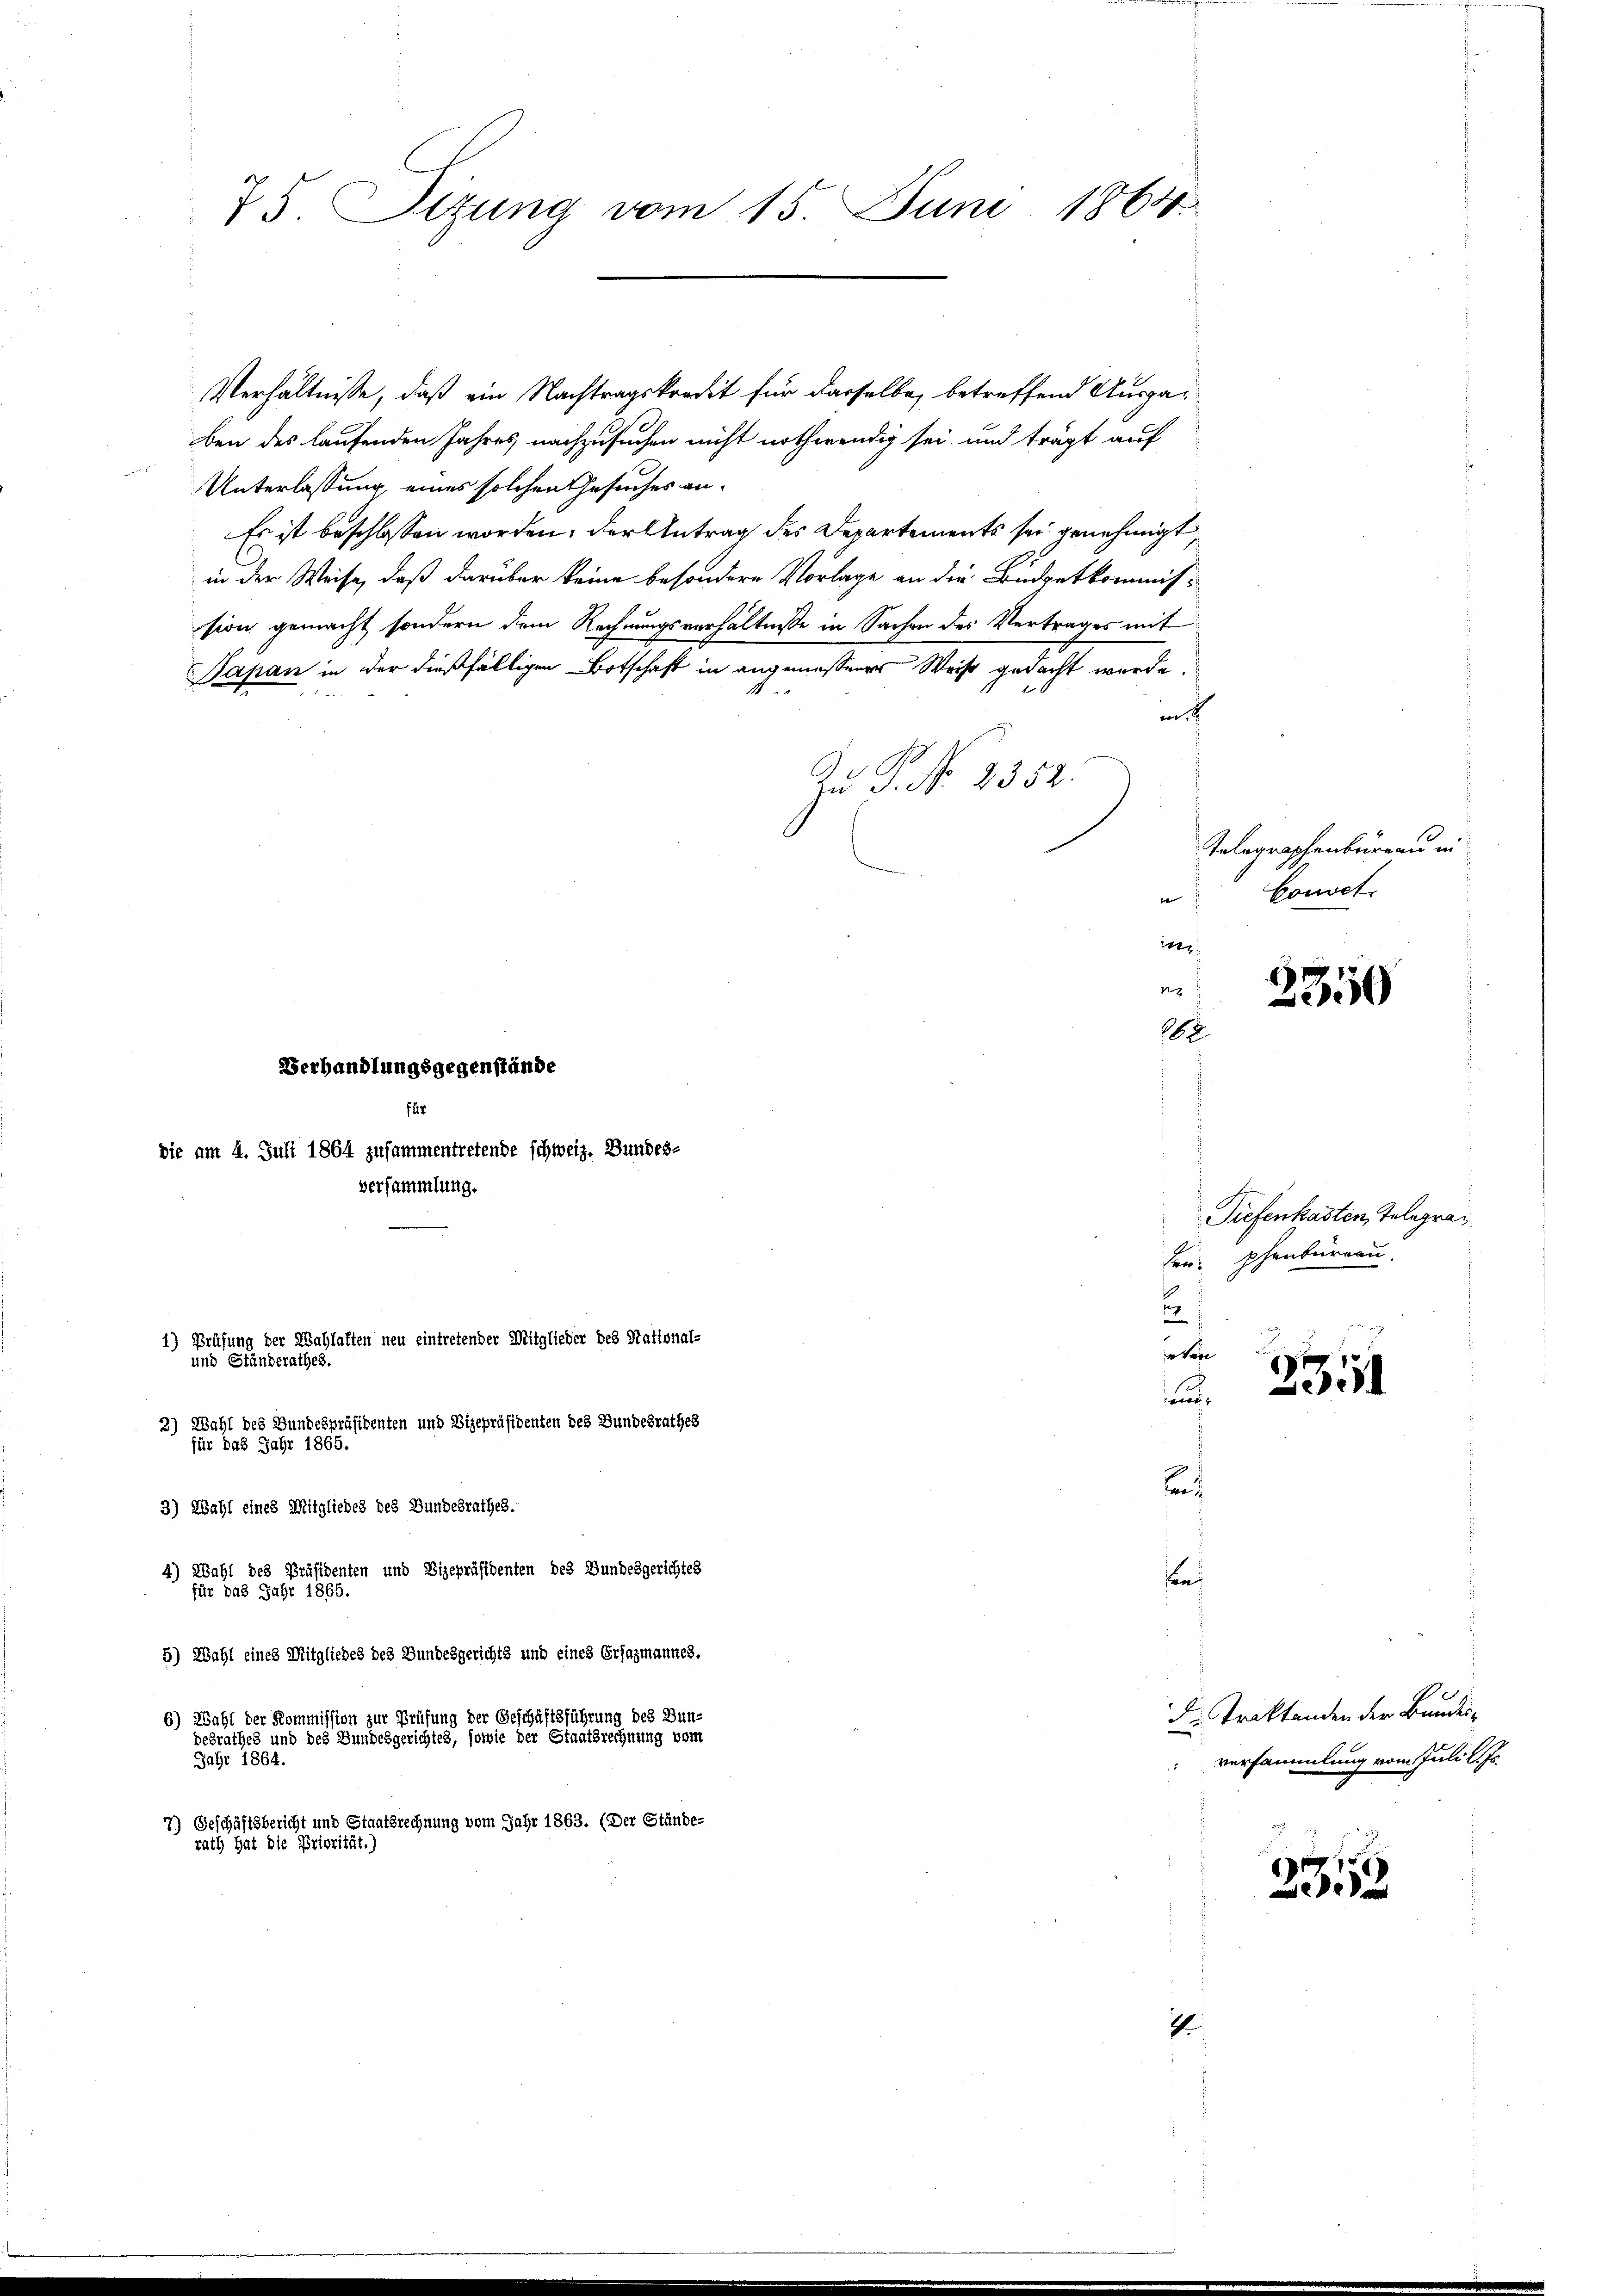
für
die am 4. Juli 1864 zusammentretende schweiz. Bundes-
versammlung.

75. Sitzung vom 15. Juni 1864.

Verhandlungsgegenstände

1) Prüfung der Wahlaften neu eintretender Mitglieder des National-
und Ständerathes.
2) Wahl des Bundespräsidenten und Vizepräsidenten des Bundesrathes
für das Jahr 1865.
3) Wahl eines Mitgliedes des Bundesrathes.
4) Wahl des Präsidenten und Vizepräsidenten des Bundesgerichtes
für das Jahr 1865.
5) Wahl eines Mitgliedes des Bundesgerichts und eines Ersazmannes.

Verhältnisse, daß ein Nachtragskredit für dasselbe, betreffend Ausgaben des laufenden Jahres nachzusuchen nicht nothwendig sei und trägt auf
Unterlassung, eines solchen Gesuches an-
Es ist beschlossen worden, der Antrag des Departements sei genehmigt
in der Weise, daß darüber keine besondere Vorlage an die Budgetkommission gemacht, sondern dem Rechnungsverhältnisse in Sachen des Vertrages mit
Papan in der dießfälligen Botschaft in angemessener Weise gedacht wurde.
m
Zu P. Nr. 2352.
i
in
N
16

6) Wahl der Kommission zur Prüfung der Geschäftsführung des Bun-
desrathes und des Bundesgerichtes, sowie der Staatsrechnung vom
Jahr 1864.
7) Geschäftsbericht und Staatsrechnung vom Jahr 1863. (Der Stände-
rath hat die Priorität.)

eten
un
n

en

4

Telegraphenbüreau in
s
Couvet.

3350

Tiefenkasten, Telegraen phenbureau.
1
2

e
2

d. Traktanden der Bundesversammlung vom Juli l. Js.

2353